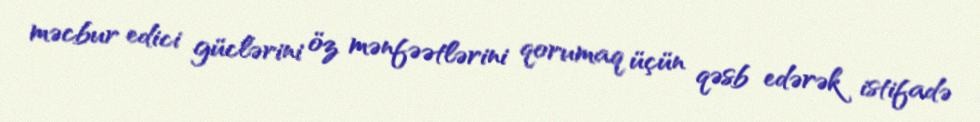
məcbur edici güclərini öz mənfəətlərini qorumaq üçün qəsb edərək istifadə